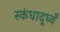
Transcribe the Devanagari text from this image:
स्कंधादूध्वँ